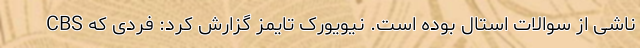
CBS ناشی از سوالات استال بوده است. نیویورک تایمز گزارش کرد: فردی که